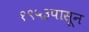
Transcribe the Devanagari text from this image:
१९५३पासून